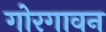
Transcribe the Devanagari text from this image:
गोरगावन